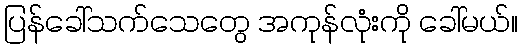
ပြန်ခေါ်သက်သေတွေ အကုန်လုံးကို ခေါ်မယ်။